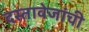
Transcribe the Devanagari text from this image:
दस्तावेजांची